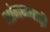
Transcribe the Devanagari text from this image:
आंगनबाड़़ी